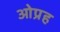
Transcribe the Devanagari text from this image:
ओप्रह